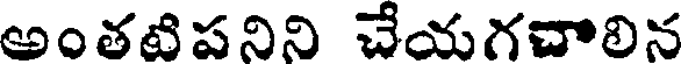
అంతటిపనిని చేయగచాలిన